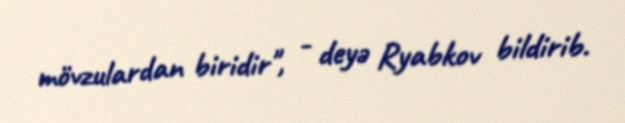
mövzulardan biridir", - deyə Ryabkov bildirib.